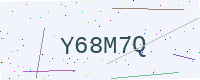
Text: Y68M7Q